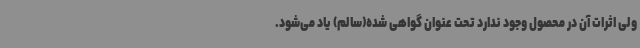
ولی اثرات آن در محصول وجود ندارد تحت عنوان گواهی شده(سالم) یاد می‌شود.